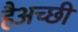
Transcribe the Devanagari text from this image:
हैअच्छी